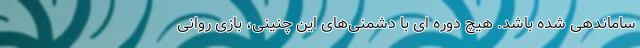
ساماندهی شده باشد. هیچ دوره ای با دشمنی‌های این چنینی، بازی روانی